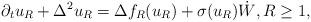
LaTeX: \begin{align*}\partial_t u_R+\Delta^2u_R=\Delta f_R(u_R)+\sigma(u_R)\dot{W},R\ge1,\end{align*}